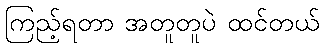
ကြည့်ရတာ အတူတူပဲ ထင်တယ်